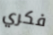
فكري